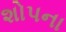
શોપના